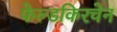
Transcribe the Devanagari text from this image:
फेल्डकिरचेन